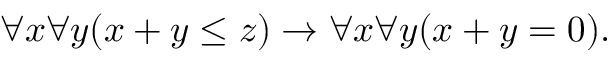
\forall x \forall y ( x + y \leq z ) \to \forall x \forall y ( x + y = 0 ) .